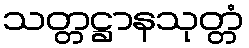
သတ္တဋ္ဌာနသုတ္တံ